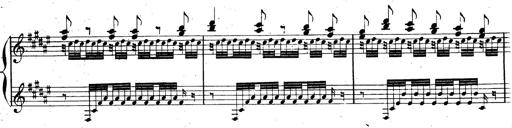
Title: AnnÃ©es de pÃ¨lerinage II, SupplÃ©ment
Composer: Franz Liszt